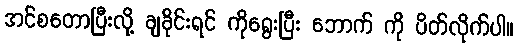
အင်စတောပြီးလို့ ချခိုင်းရင် ကိုရွေးပြီး ဘောက် ကို ပိတ်လိုက်ပါ။